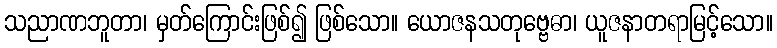
သညာဏဘူတာ၊ မှတ်ကြောင်းဖြစ်၍ ဖြစ်သော။ ယောဇနသတုဗ္ဗေဓာ၊ ယူဇနာတရာမြင့်သော။